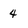
Character: 4